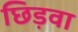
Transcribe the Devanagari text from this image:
छिड़वा